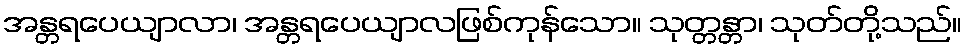
အန္တရပေယျာလာ၊ အန္တရပေယျာလဖြစ်ကုန်သော။ သုတ္တန္တာ၊ သုတ်တို့သည်။